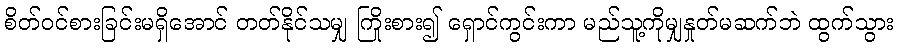
စိတ်ဝင်စားခြင်းမရှိအောင် တတ်နိုင်သမျှ ကြိုးစား၍ ရှောင်ကွင်းကာ မည်သူ့ကိုမျှနှုတ်မဆက်ဘဲ ထွက်သွား